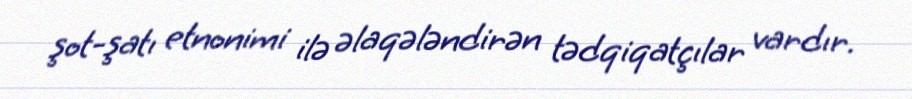
şot-şatı etnonimi ilə əlaqələndirən tədqiqatçılar vardır.